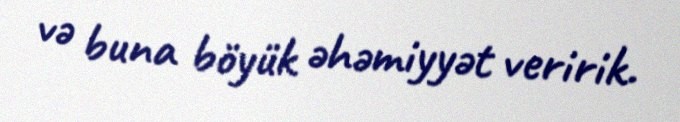
və buna böyük əhəmiyyət veririk.